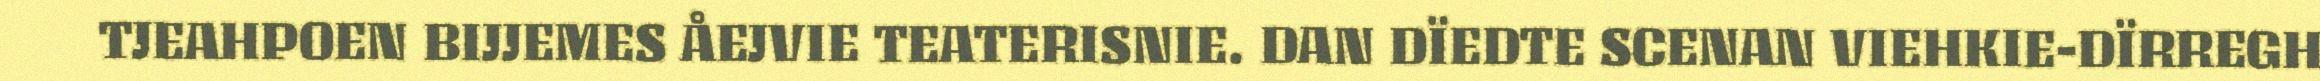
TJEAHPOEN BIJJEMES ÅEJVIE TEATERISNIE. DAN DÏEDTE SCENAN VIEHKIE-DÏRREGH